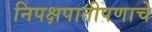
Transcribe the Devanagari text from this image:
निपक्षपातीपणाचे